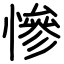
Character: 慘